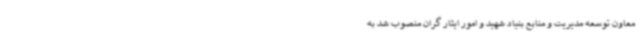
معاون توسعه مدیریت و منابع بنیاد شهید و امور ایثار گران منصوب شد به